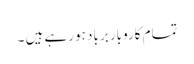
تمام کاروبار برباد ہو رہے ہیں ۔